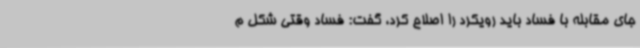
جای مقابله با فساد باید رویکرد را اصلاح کرد، گفت: فساد وقتی شکل م